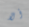
ألا